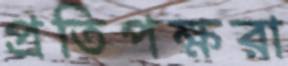
প্রতিপক্ষরা